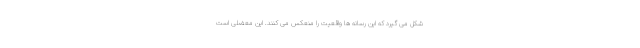
شکل می گیرد که این رسانه ها واقعیت را منعکس می کنند. این معضلی است